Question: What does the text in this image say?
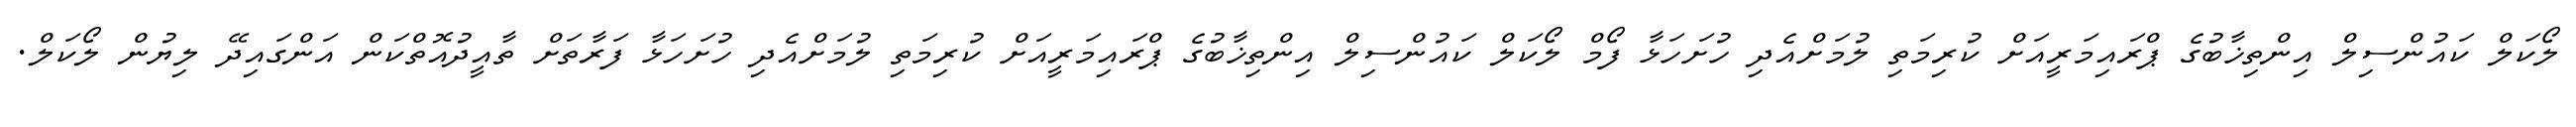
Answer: ލޯކަލް ކައުންސިލް އިންތިޚާބުގެ ޕްރައިމަރީއަށް ކުރިމަތި ލުމަށްއެދި ހުށަހަޅާ ފޯމް ލޯކަލް ކައުންސިލް އިންތިޚާބުގެ ޕްރައިމަރީއަށް ކުރިމަތި ލުމަށްއެދި ހުށަހަޅާ ފަރާތަށް ތާއީދުއޮތްކަން އަންގައިދޭ ލިޔުން ލޯކަލް.